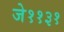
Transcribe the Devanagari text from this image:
जे११३१